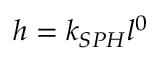
h = k _ { S P H } l ^ { 0 }